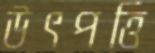
উৎপত্তি